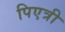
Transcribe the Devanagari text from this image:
पिएत्री